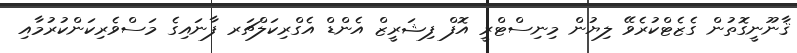
ޤާނޫނީގޮތުން ގެޒެޓްކުރެވޭ ލިޔުން މިނިސްޓްރީ އޮފް ފިޝަރީޒް އެންޑް އެގްރިކަލްޗަރ ފާނައިގެ މަސްވެރިކަންކުރުމާއި